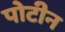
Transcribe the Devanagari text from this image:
पोटीन